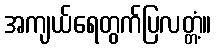
အကျယ်ရေတွက်ပြလတ္တံ့။